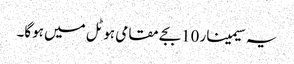
یہ سیمینار 10بجے مقامی ہوٹل میں ہوگا۔